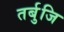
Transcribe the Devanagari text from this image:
तर्बुजि